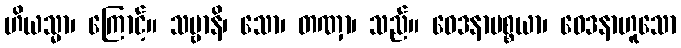
ဟိယသ္မာ၊ ကြောင့်။ သဗ္ဗာနိ၊ သော၊ တဏှာ၊ သည်။ ဝေဒနာပစ္စယာ၊ ဝေဒနာဟူသော